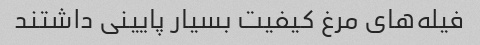
فیله‌های مرغ کیفیت بسیار پایینی داشتند